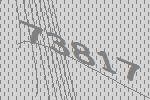
73817